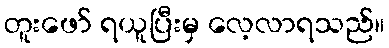
တူးဖော် ရယူပြီးမှ လေ့လာရသည်။